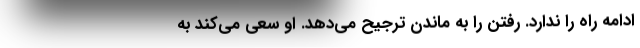
ادامه راه را ندارد. رفتن را به ماندن ترجیح می‌دهد. او سعی می‌کند به